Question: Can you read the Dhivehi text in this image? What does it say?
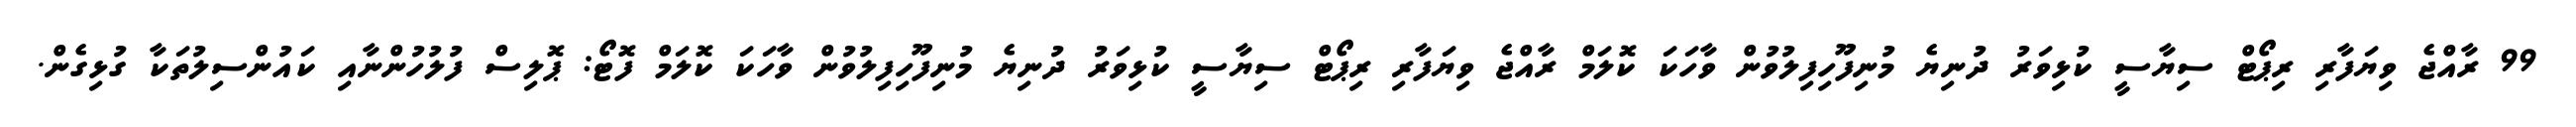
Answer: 99 ރާއްޖެ ވިޔަފާރި ރިޕޯޓް ސިޔާސީ ކުޅިވަރު ދުނިޔެ މުނިފޫހިފިލުވުން ވާހަކަ ކޮލަމް ރާއްޖެ ވިޔަފާރި ރިޕޯޓް ސިޔާސީ ކުޅިވަރު ދުނިޔެ މުނިފޫހިފިލުވުން ވާހަކަ ކޮލަމް ފޮޓޯ: ޕޮލިސް ފުލުހުންނާއި ކައުންސިލުތަކާ ގުޅިގެން.